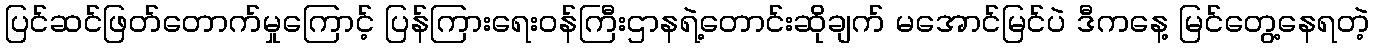
ပြင်ဆင်ဖြတ်တောက်မှုကြောင့် ပြန်ကြားရေးဝန်ကြီးဌာနရဲ့တောင်းဆိုချက် မအောင်မြင်ပဲ ဒီကနေ့ မြင်တွေ့နေရတဲ့